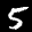
Label: 5